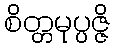
စိတ္တမုပ္ပဇ္ဇိ